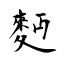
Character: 麪